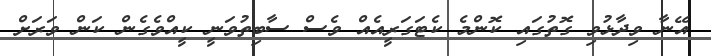
އޭނާ ވިދާޅުވި ގޮތުގައި ކޮންމެ ކެޓަގަރީއެއް ވެސް ސާބިތުވަނީ ކީއްވެގެން ކަން ވަރަށް